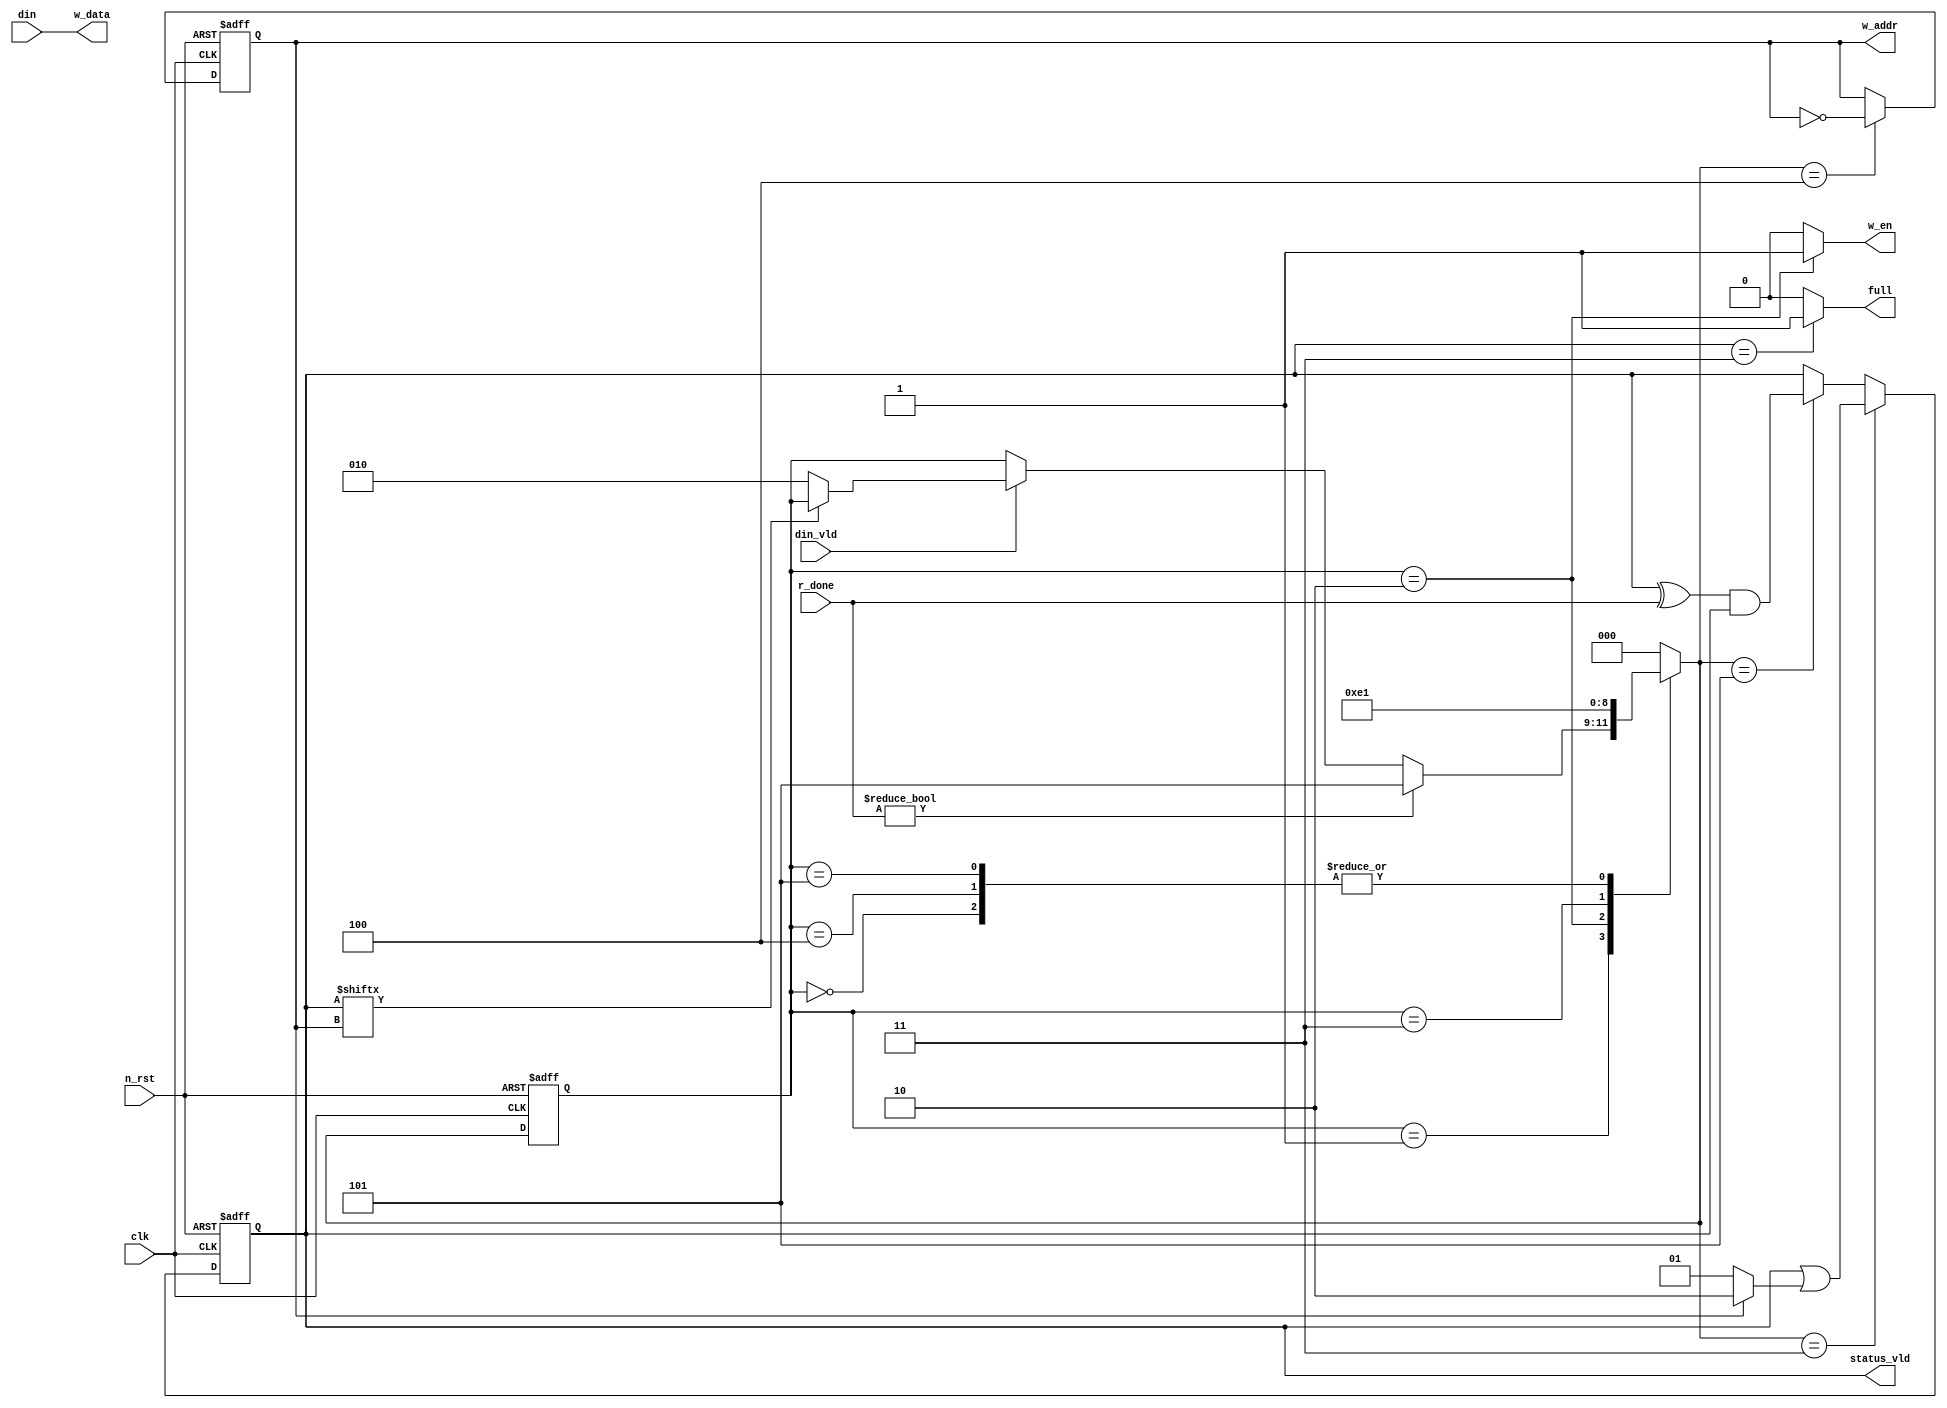
module write_ctrl(
    clk,
    n_rst,
    din,
    din_vld,
    r_done,
    full,
    status_vld,
    w_addr,
    w_data,
    w_en
);

localparam S0 = 3'h0; //  
localparam S1 = 3'h1; // ' ' 
localparam S2 = 3'h2; //    
localparam S3 = 3'h3; // ' ' 
localparam S4 = 3'h4; // 'w_addr' 
localparam S5 = 3'h5; // 'r_done'  -> ' ' 

reg [2:0] c_state;
reg [2:0] n_state;

input clk; input n_rst;
input [7:0] din;
input din_vld;
input [1:0] r_done;

output full;
output [1:0] status_vld;
output w_addr;
output [7:0] w_data;
output w_en;

reg w_addr;
reg [1:0] status_vld;

always @(posedge clk or negedge n_rst) begin
    if(!n_rst) begin
        c_state <= S0;
    end
    else begin
        c_state <= n_state;
    end
end

always @(din or din_vld or r_done)
    case(c_state)
    S0 : n_state = S1;
    S1 : n_state = (r_done != 2'b00) ? S5 :
                   (din_vld == 1'b0) ? c_state :
                   (status_vld[w_addr] == 1'b0) ? S2 : c_state;
    S2 : n_state = S3;
    S3 : n_state = S4;
    S4 : n_state = S1;
    S5 : n_state = S1;
    default: n_state = S0;
endcase

always @(posedge clk or negedge n_rst)
    if(!n_rst)
        w_addr <= 1'b0;
    else
        w_addr <= (n_state == S4) ? ~w_addr : w_addr;

assign w_en = (c_state == S2) ? 1'b1 : 1'b0;
assign w_data = din;
assign full = (status_vld == 2'b11) ? 1'b1 : 1'b0;

wire [1:0] mask;
assign mask = (w_addr == 1'b1) ? 2'b10 : 2'b01;

// XX w_adrr 0 -> X1
// XX or 01 -> X1
// XX w_addr 1 -> 1X
// XX or 10 -> 1X

always @(posedge clk or negedge n_rst)
    if(!n_rst)
        status_vld <= 2'b00;
    else
        status_vld <= (n_state == S3) ? status_vld | mask :
                      (n_state == S5) ? (status_vld ^ r_done) & status_vld : status_vld;

endmodule